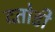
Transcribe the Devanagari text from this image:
दतोडी